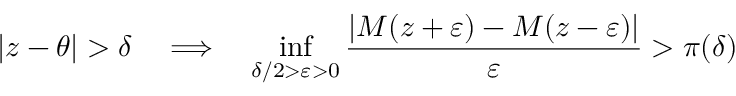
| z - \theta | > \delta \quad \Longrightarrow \quad \operatorname* { i n f } _ { \delta / 2 > \varepsilon > 0 } { \frac { | M ( z + \varepsilon ) - M ( z - \varepsilon ) | } { \varepsilon } } > \pi ( \delta )